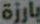
بارزة